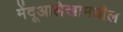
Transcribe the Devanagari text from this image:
मेंदूआलेखामधील